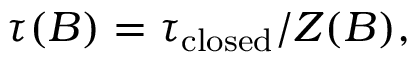
\tau ( B ) = \tau _ { \mathrm { c l o s e d } } / Z ( B ) ,